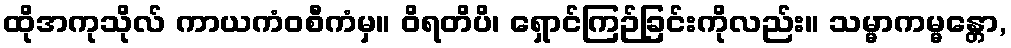
ထိုအကုသိုလ် ကာယကံဝစီကံမှ။ ဝိရတိပိ၊ ရှောင်ကြဉ်ခြင်းကိုလည်း။ သမ္မာကမ္မန္တော,